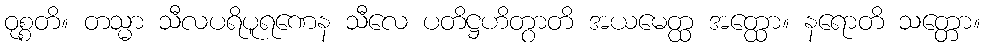
ဝုစ္စတိ။ တသ္မာ သီလပရိပူရဏေန သီလေ ပတိဋ္ဌဟိတွာတိ အယမေတ္ထ အတ္ထော။ နရောတိ သတ္တော။